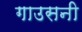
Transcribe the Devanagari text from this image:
गाउसनी